Annual report of the Punjab Veterinary College and of the Civil Veterinary Department, Punjab - 1909-1919
Year: 1909
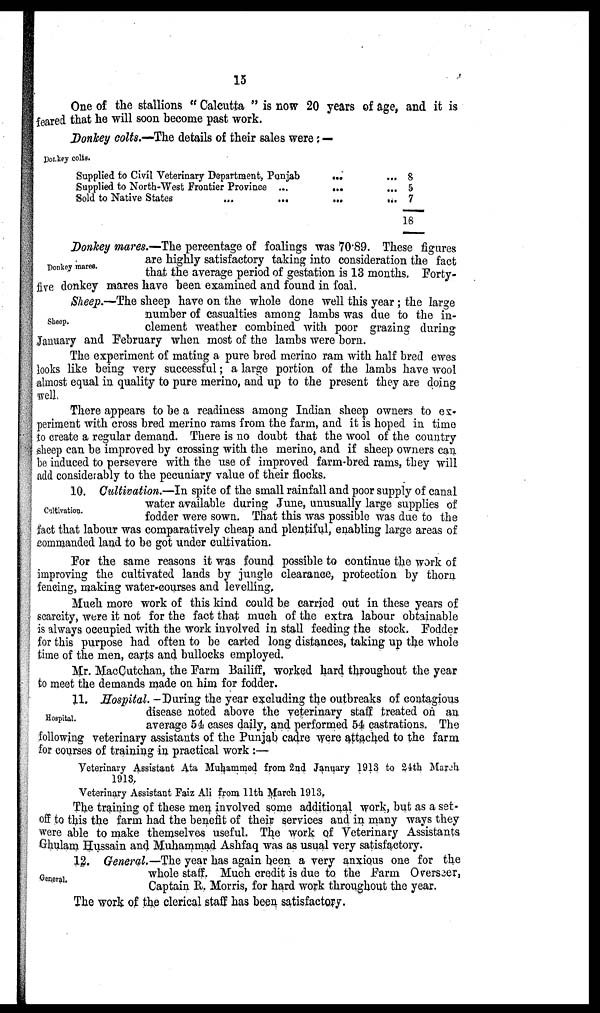
15
One of the stallions "Calcutta" is now 20 years of age, and it is
feared that he will soon become past work.
Donkey colts.
Donkey colts.—The details of their sales were:—
Supplied to Civil Veterinary Department,
Punjab...
Supplied to North-West Frontier Province
......
Sold to Native States
...
......
8
5
7
18
Donkey mares.
Donkey mares.—The percentage of foalings was 70.89. These figures
are highly satisfactory taking into consideration the fact
that the average period of gestation is 13 months. Forty-
five donkey mares have been examined and found in foal.
Sheep.
Sheep.-The sheep have on the whole done well this year; the large
number of casualties among lambs was due to the in-
clement weather combined with poor grazing during
January and February when most of the lambs were born.
The experiment of mating a pure bred merino ram with half bred ewes
looks like being very successful; a large portion of the lambs have wool
almost equal in quality to pure merino, and up to the present they are doing
well.
There appears to be a readiness among Indian sheep owners to ex-
periment with cross bred merino rams from the farm, and it is hoped in time
to create a regular demand. There is no doubt that the wool of the country
sheep can be improved by crossing with the merino, and if sheep owners can
be induced to persevere with the use of improved farm-bred rams, they will
add considerably to the pecuniary value of their flocks.
Cultivation.
10. Cultivation.—In spite of the small rainfall and poor supply of canal
water available during June, unusually large supplies of
fodder were sown. That this was possible was due to the
fact that labour was comparatively cheap and plentiful, enabling large areas of
commanded land to be got under cultivation.
For the same reasons it was found possible to continue the work of
improving the cultivated lands by jungle clearance, protection by thorn
fencing, making water-courses and levelling.
Much more work of this kind could be carried out in these years of
scarcity, were it not for the fact that much of the extra labour obtainable
is always occupied with the work involved in stall feeding the stock. Fodder
for this purpose had often to be carted long distances, taking up the whole
time of the men, carts and bullocks employed.
Mr. MacCutchan, the Farm Bailiff, worked hard throughout the year
to meet the demands made on him for fodder.
Hospital.
11. Hospital. -During the year excluding the outbreaks of contagious
disease noted above the veterinary staff treated on an
average 54 cases daily, and performed 54 castrations. The
following veterinary assistants of the Punjab cadre were attached to the farm
for courses of training in practical work :—
Veterinary Assistant Ata Muhammed from 2nd January 1913 to 24th March
1913.
Veterinary Assistant Faiz Ali from 11th March 1913.
The training of these men involved some additional work, but as a set-
off to this the farm had the benefit of their services and in many ways they
were able to make themselves useful. The work of Veterinary Assistants
Ghulam Hussain and Muhammad Ashfaq was as usual very satisfactory.
General.
12. General.—The year has again been a very anxious one for the
whole staff. Much credit is due to the Farm Overseer,
Captain R. Morris, for hard work throughout the year.
The work of the clerical staff has been satisfactory.